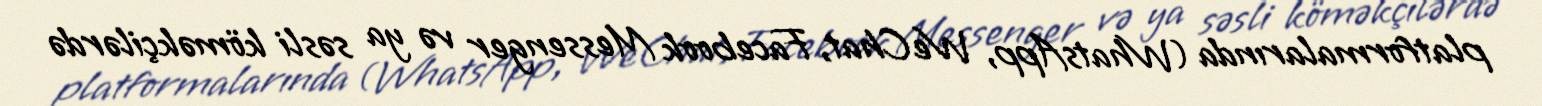
platformalarında (WhatsApp, WeChat, Facebook Messenger və ya səsli köməkçilərdə